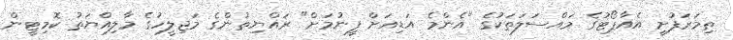
ތިމަރަފުށީ އެއާޕޯޓުގެ މައްސަލަތަކުގެ "އެންމެ އަޑިއަށް ފީނުމަށް" ރައްޔިތުންގެ މަޖިލީހުގެ މާލިއްޔަތު ކޮމިޓީން